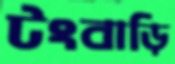
টংবাড়ি